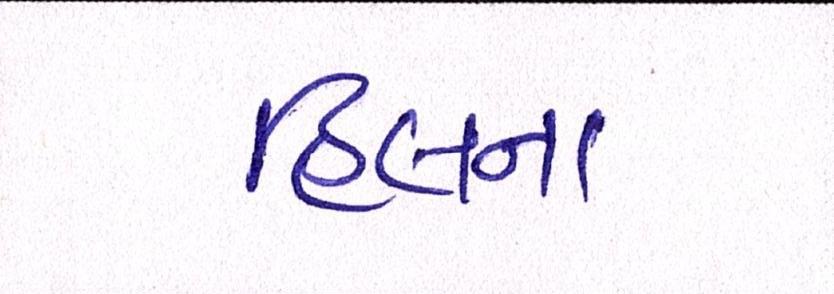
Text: હિલના